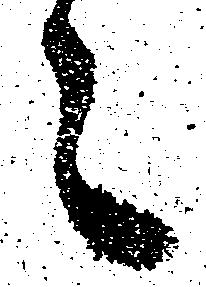
々